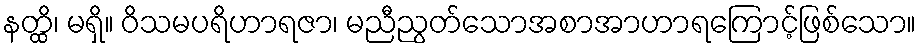
နတ္ထိ၊ မရှိ။ ဝိသမပရိဟာရဇာ၊ မညီညွတ်သောအစာအာဟာရကြောင့်ဖြစ်သော။